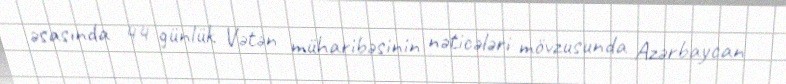
əsasında 44 günlük Vətən müharibəsinin nəticələri mövzusunda Azərbaycan